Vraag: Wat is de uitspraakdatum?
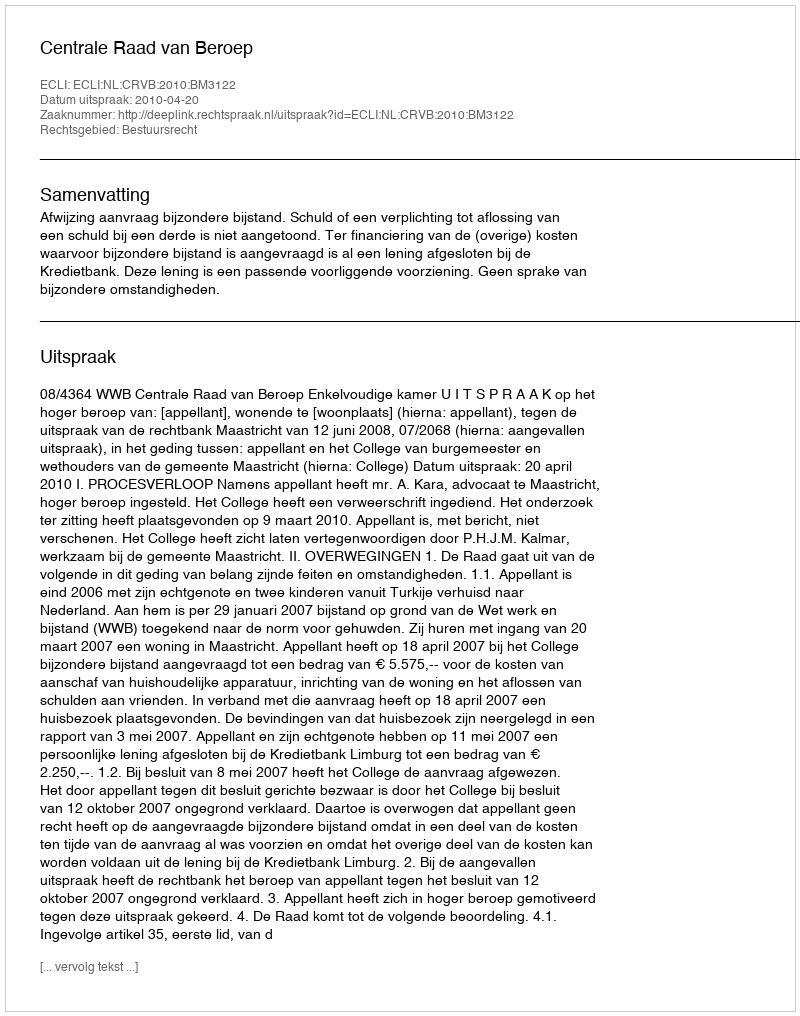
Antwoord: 2010-04-20